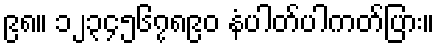
၉၈။ ၁၂၃၄၅၆၇၈၉၀ နံပါတ်ပါကတ်ပြား။